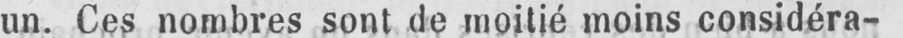
un. Ces nombres sont de moitié moins considéra-